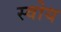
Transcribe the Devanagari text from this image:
स्वोय